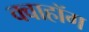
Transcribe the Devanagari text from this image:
क्वाहॉग